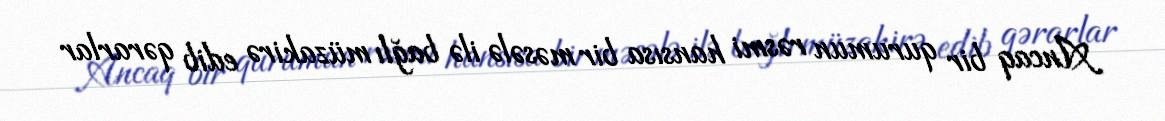
Ancaq bir qurumun rəsmi hansısa bir məsələ ilə bağlı müzakirə edib qərarlar